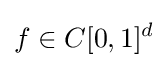
f\in C[0,1]^{d}